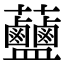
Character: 𧆗